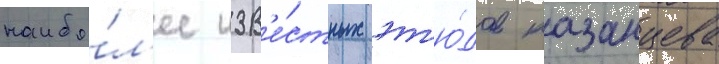
наибо́л'ее изв'е́стных эт'ю́дов казанцева